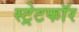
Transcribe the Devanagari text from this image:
स्ट्रेटफॉर